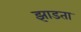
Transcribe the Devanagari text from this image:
झाडता